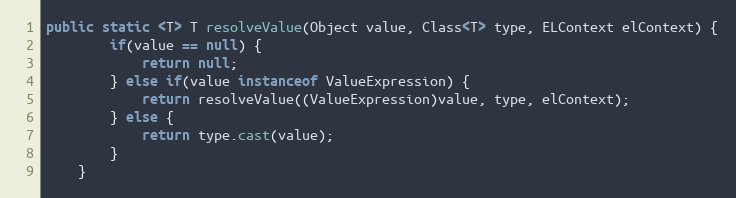
Language: Java
public static <T> T resolveValue(Object value, Class<T> type, ELContext elContext) {
		if(value == null) {
			return null;
		} else if(value instanceof ValueExpression) {
			return resolveValue((ValueExpression)value, type, elContext);
		} else {
			return type.cast(value);
		}
	}